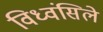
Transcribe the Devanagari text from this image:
विध्वंसिले